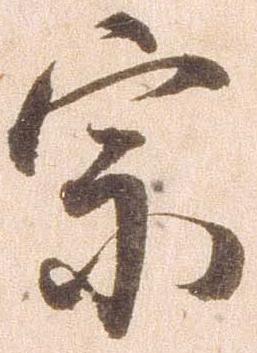
宗